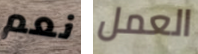
نعم العمل